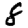
Digit: 8